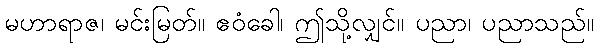
မဟာရာဇ၊ မင်းမြတ်။ ဧဝံခေါ၊ ဤသို့လျှင်။ ပညာ၊ ပညာသည်။